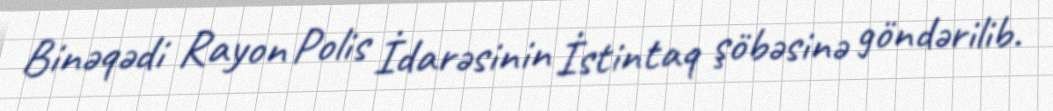
Binəqədi Rayon Polis İdarəsinin İstintaq şöbəsinə göndərilib.